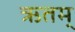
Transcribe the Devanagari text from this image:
ऋतम्